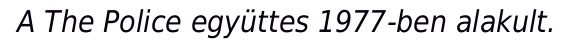
A The Police együttes 1977-ben alakult.